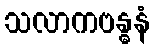
သလာကဗန္ဓနံ